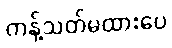
ကန့်သတ်မထားပေ